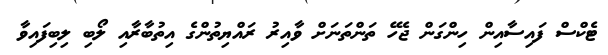
ޓެކްސް ފައިސާއިން ހިންގަން ޖެހޭ ތަންތަނަށް ވާއިރު ރައްޔިތުންގެ އިތުބާރާއި ލޯބި ލިބިފައިވާ